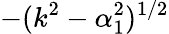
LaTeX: -(k^{2}-\alpha_{1}^{2})^{1/2}